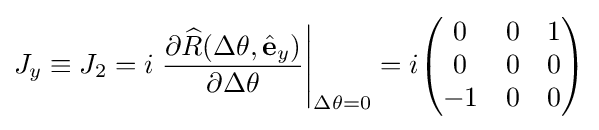
J_{y}\equiv J_{2}=i\left.{\frac {\partial {\widehat {R}}(\Delta \theta ,{\hat {\mathbf {e} }}_{y})}{\partial \Delta \theta }}\right|_{\Delta \theta =0}=i{\begin{pmatrix}0&0&1\\0&0&0\\-1&0&0\\\end{pmatrix}}